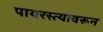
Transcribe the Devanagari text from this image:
पायरस्त्यावरून